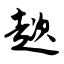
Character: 趑